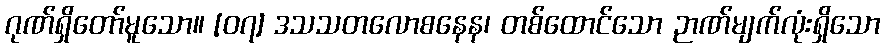
ဂုဏ်ရှိတော်မူသော။ [၀၇] ဒသသတလောစနေန၊ တစ်ထောင်သော ဉာဏ်မျက်လုံးရှိသော